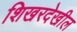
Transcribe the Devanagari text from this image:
शिखरदेखील